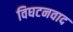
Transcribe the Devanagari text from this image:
विघटनवाद